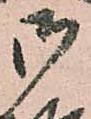
御